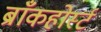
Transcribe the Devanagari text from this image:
ब्राँकहोर्स्ट